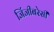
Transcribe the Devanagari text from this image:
जिंजीबरेसी